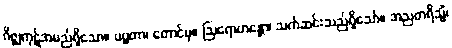
ဂိဇ္ဈကုဋ်အမည်ရှိသော။ ပဗ္ဗတာ၊ တောင်မှ။ ဩရောဟန္တော၊ သက်ဆင်းသည်ရှိသော်။ အညတရိသ္မိံ၊